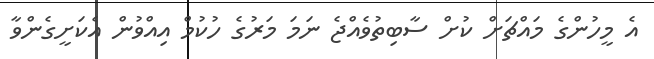
އެ މީހުންގެ މައްޗަށް ކުށް ސާބިތުވެއްޖެ ނަމަ މަރުގެ ހުކުމް އިއްވުން އެކަށީގެންވާ